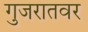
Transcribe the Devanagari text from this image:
गुजरातवर